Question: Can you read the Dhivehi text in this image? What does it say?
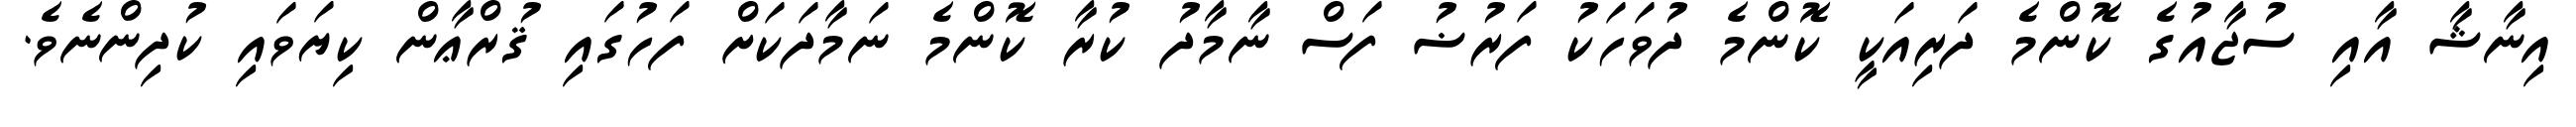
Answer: އިނާޝާ އާއި ސުޖާއުގެ ކޮންމެ ދަރިއަކީ ކޮންމެ ދުވަހަކު ފަރުޟު ފަސް ނާމާދު ކުރާ ކޮންމެ ނަމާދަކަށް ފަހުގައި ޤުރްޢާން ކިޔަވައި ކުދިންނެވެ.